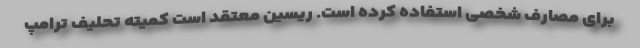
برای مصارف شخصی استفاده کرده است. ریسین معتقد است کمیته تحلیف ترامپ